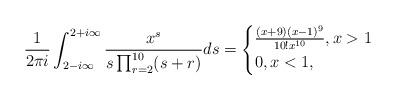
LaTeX: \begin{align*}\frac{1}{2\pi i} \int_{2-i\infty}^{2+i \infty} \frac{x^s}{s \prod_{r=2}^{10}(s+r)}ds = \begin{cases}\frac{(x+9)(x-1)^9}{10!x^{10}}, x>1 \\0, x<1,\end{cases}\end{align*}